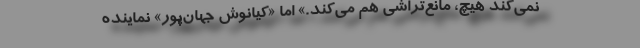
نمی‌کند هیچ، مانع‌تراشی هم می‌کند.» اما «کیانوش جهان‌پور» نماینده